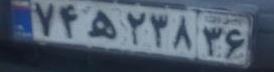
۷۴ه۲۳۸۳۶